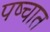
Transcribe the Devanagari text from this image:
पष्चात